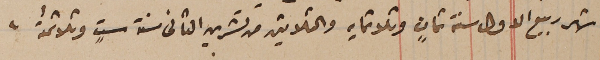
شهر ربيع الاول سنة ثمانٍ وثلاثمايه والثلاثين من تشرين الثانى سنة ستٍ وثلاثمائة.